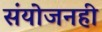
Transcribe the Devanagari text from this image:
संयोजनही